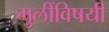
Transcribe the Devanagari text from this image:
मुलींविषयी